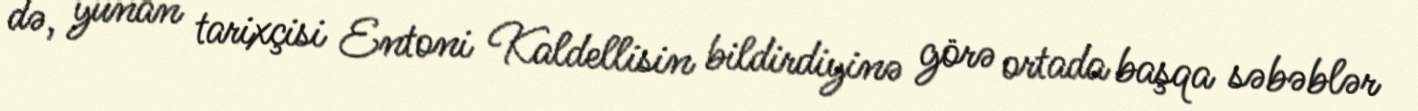
də, yunan tarixçisi Entoni Kaldellisin bildirdiyinə görə ortada başqa səbəblər